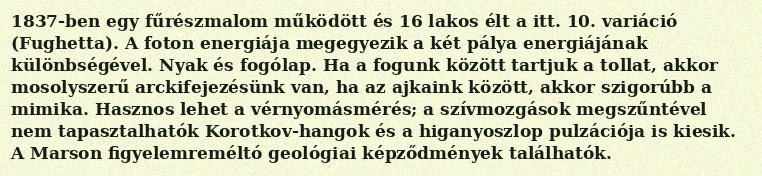
1837-ben egy fűrészmalom működött és 16 lakos élt a itt. 10. variáció (Fughetta). A foton energiája megegyezik a két pálya energiájának különbségével. Nyak és fogólap. Ha a fogunk között tartjuk a tollat, akkor mosolyszerű arckifejezésünk van, ha az ajkaink között, akkor szigorúbb a mimika. Hasznos lehet a vérnyomásmérés; a szívmozgások megszűntével nem tapasztalhatók Korotkov-hangok és a higanyoszlop pulzációja is kiesik. A Marson figyelemreméltó geológiai képződmények találhatók.